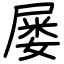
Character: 屡